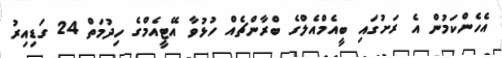
އެހެންކަމުން އެ ރަށުގައި ބީއެމްއެލްގެ ބްރާންޗެއް ހުޅުވާ އޭޓީއެމްގެ ހިދުމަތް 24 ގަޑިއިރު